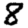
Digit: 8